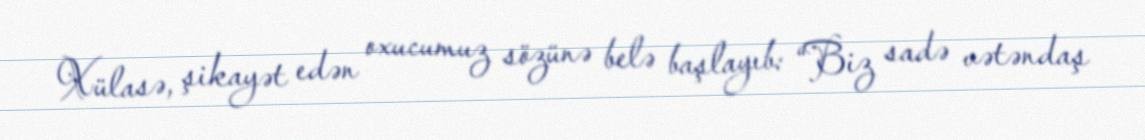
Xülasə, şikayət edən oxucumuz sözünə belə başlayıb: “Biz sadə vətəndaş